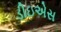
ડીઇએસ